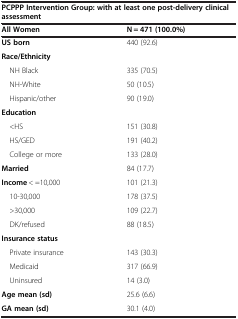
<table><thead><tr><td colspan="2"><b>PCPPP Intervention Group: with at least one post-delivery clinical assessment</b></td></tr><tr><td><b>All Women</b></td><td><b>N = 471 (100.0%)</b></td></tr></thead><tbody><tr><td><b>US born</b></td><td>440 (92.6)</td></tr><tr><td><b>Race/Ethnicity</b></td><td></td></tr><tr><td> NH Black</td><td>335 (70.5)</td></tr><tr><td> NH-White</td><td>50 (10.5)</td></tr><tr><td> Hispanic/other</td><td>90 (19.0)</td></tr><tr><td><b>Education</b></td><td></td></tr><tr><td> &lt;HS</td><td>151 (30.8)</td></tr><tr><td> HS/GED</td><td>191 (40.2)</td></tr><tr><td> College or more</td><td>133 (28.0)</td></tr><tr><td><b>Married</b></td><td>84 (17.7)</td></tr><tr><td><b>Income</b> &lt; =10,000</td><td>101 (21.3)</td></tr><tr><td> 10-30,000</td><td>178 (37.5)</td></tr><tr><td> &gt;30,000</td><td>109 (22.7)</td></tr><tr><td> DK/refused</td><td>88 (18.5)</td></tr><tr><td><b>Insurance status</b></td><td></td></tr><tr><td> Private insurance</td><td>143 (30.3)</td></tr><tr><td> Medicaid</td><td>317 (66.9)</td></tr><tr><td> Uninsured</td><td>14 (3.0)</td></tr><tr><td><b>Age mean (sd)</b></td><td>25.6 (6.6)</td></tr><tr><td><b>GA mean (sd)</b></td><td>30.1 (4.0)</td></tr></tbody></table>